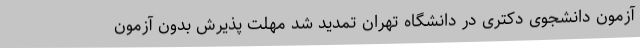
آزمون دانشجوی دکتری در دانشگاه تهران تمدید شد مهلت پذیرش بدون آزمون